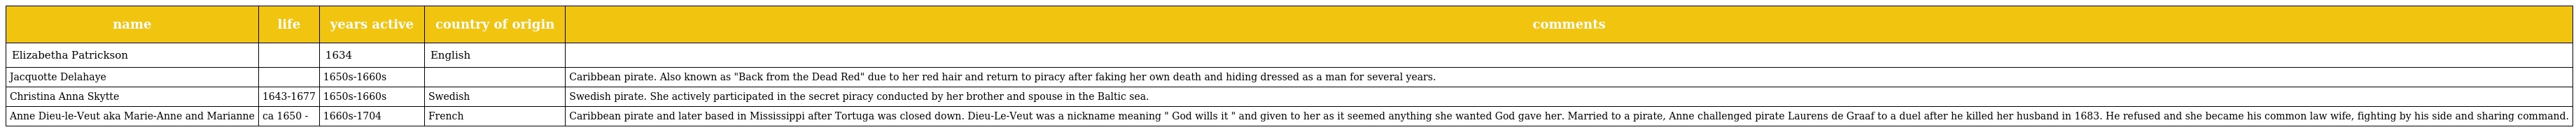
| name | life | years active | country of origin | comments |
 | --- | --- | --- | --- | --- |
 | Elizabetha Patrickson |  | 1634 | English |  |
 | Jacquotte Delahaye |  | 1650s-1660s |  | Caribbean pirate. Also known as "Back from the Dead Red" due to her red hair and return to piracy after faking her own death and hiding dressed as a man for several years. |
 | Christina Anna Skytte | 1643-1677 | 1650s-1660s | Swedish | Swedish pirate. She actively participated in the secret piracy conducted by her brother and spouse in the Baltic sea. |
 | Anne Dieu-le-Veut aka Marie-Anne and Marianne | ca 1650 - | 1660s-1704 | French | Caribbean pirate and later based in Mississippi after Tortuga was closed down. Dieu-Le-Veut was a nickname meaning " God wills it " and given to her as it seemed anything she wanted God gave her. Married to a pirate, Anne challenged pirate Laurens de Graaf to a duel after he killed her husband in 1683. He refused and she became his common law wife, fighting by his side and sharing command. |